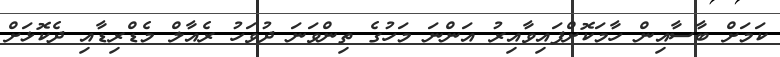
ކަމަށް ބާސާއިން ހާމަކޮށްފައިވާއިރު އަންނަ މަހުގެ ތިންވަނަ ދުވަހު ރެއާލް މެޑްރިޑާއި ދެކޮޅަށް